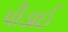
પીડાઈ